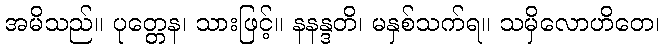
အမိသည်။ ပုတ္တေန၊ သားဖြင့်။ နနန္ဒတိ၊ မနှစ်သက်ရ။ သမှိလောဟိတေ၊